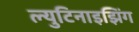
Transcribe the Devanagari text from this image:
ल्युटिनाइझिंग